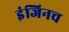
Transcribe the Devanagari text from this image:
इंजिनच